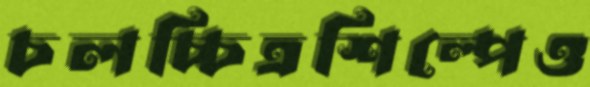
চলচ্চিত্রশিল্পেও